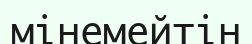
мінемейтін